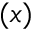
( x )